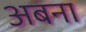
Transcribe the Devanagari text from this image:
अबना